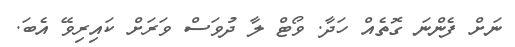
ނަށް ފެންނަ ގޮތެއް ހަދާ. ވޯޓް ލާ ދުވަސް ވަރަށް ކައިރިވޭ އެބަ.